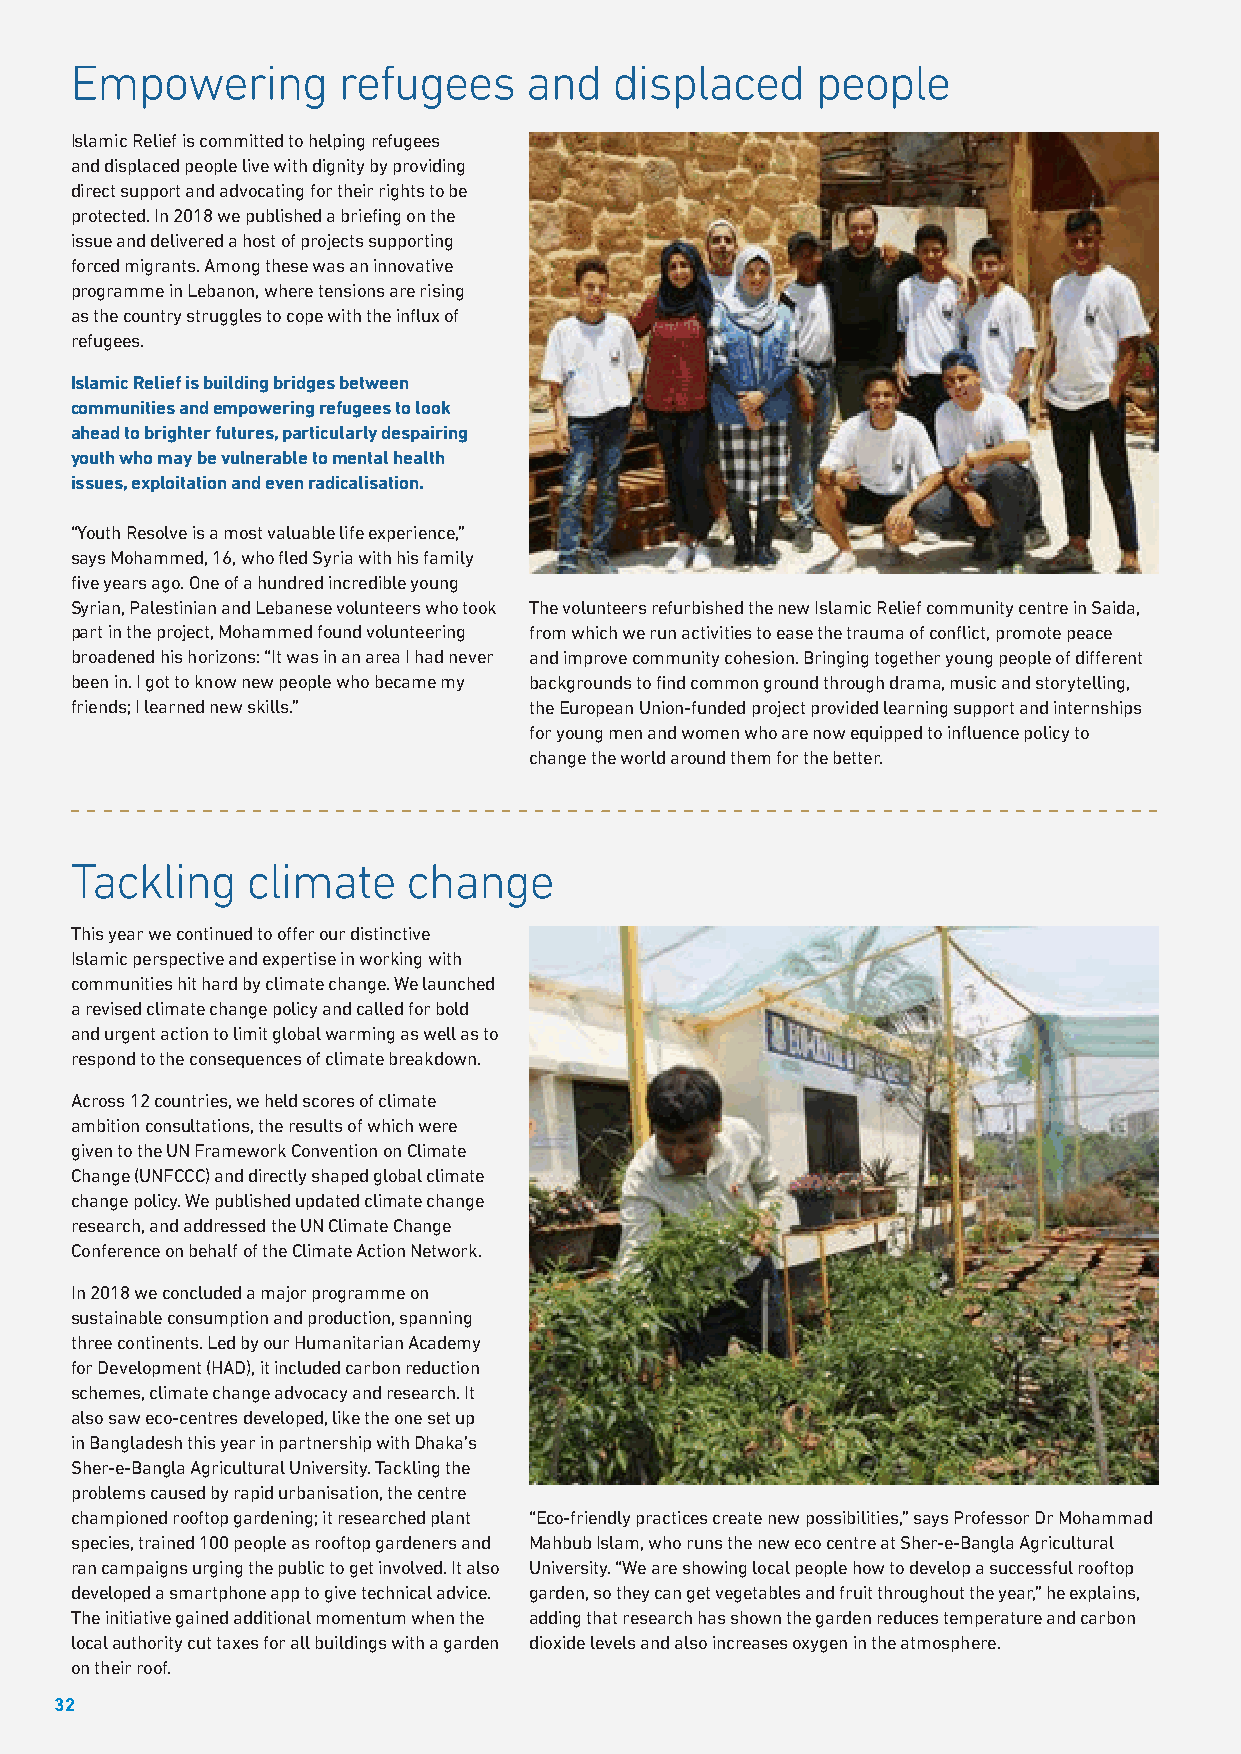
Empowering       refugees     and   displaced    people
 Islamic Relief is committed to helping refugees
 and displaced people live with dignity by providing
 direct support and advocating for their rights to be
 protected. In 2018 we published a briefing on the
 issue and delivered a host of projects supporting
 forced migrants. Among these was an innovative
 programme in Lebanon, where tensions are rising
 as the country struggles to cope with the influx of
 refugees.
 Islamic Relief is building bridges between
 communities and empowering refugees to look
 ahead to brighter futures, particularly despairing
 youth who may be vulnerable to mental health
 issues, exploitation and even radicalisation.
 “Youth Resolve is a most valuable life experience,”
 says Mohammed, 16, who fled Syria with his family
 five years ago. One of a hundred incredible young
 Syrian, Palestinian and Lebanese volunteers who took The volunteers refurbished the new Islamic Relief community centre in Saida,
 part in the project, Mohammed found volunteering from which we run activities to ease the trauma of conflict, promote peace
 broadened his horizons: “It was in an area I had never and improve community cohesion. Bringing together young people of different
 been in. I got to know new people who became my backgrounds to find common ground through drama, music and storytelling,
 friends; I learned new skills.” the European Union-funded project provided learning support and internships
 for young men and women who are now equipped to influence policy to
 change the world around them for the better.
 Tackling   climate    change
 This year we continued to offer our distinctive
 Islamic perspective and expertise in working with
 communities hit hard by climate change. We launched
 a revised climate change policy and called for bold
 and urgent action to limit global warming as well as to
 respond to the consequences of climate breakdown.
 Across 12 countries, we held scores of climate
 ambition consultations, the results of which were
 given to the UN Framework Convention on Climate
 Change (UNFCCC) and directly shaped global climate
 change policy. We published updated climate change
 research, and addressed the UN Climate Change
 Conference on behalf of the Climate Action Network.
 In 2018 we concluded a major programme on
 sustainable consumption and production, spanning
 three continents. Led by our Humanitarian Academy
 for Development (HAD), it included carbon reduction
 schemes, climate change advocacy and research. It
 also saw eco-centres developed, like the one set up
 in Bangladesh this year in partnership with Dhaka’s
 Sher-e-Bangla Agricultural University. Tackling the
 problems caused by rapid urbanisation, the centre
 championed rooftop gardening; it researched plant “Eco-friendly practices create new possibilities,” says Professor Dr Mohammad
 species, trained 100 people as rooftop gardeners and Mahbub Islam, who runs the new eco centre at Sher-e-Bangla Agricultural
 ran campaigns urging the public to get involved. It also University. “We are showing local people how to develop a successful rooftop
 developed a smartphone app to give technical advice. garden, so they can get vegetables and fruit throughout the year,” he explains,
 The initiative gained additional momentum when the adding that research has shown the garden reduces temperature and carbon
 local authority cut taxes for all buildings with a garden dioxide levels and also increases oxygen in the atmosphere.
 on their roof.
 32